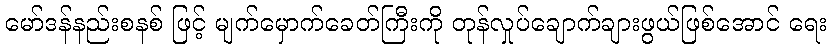
မော်ဒန်နည်းစနစ် ဖြင့် မျက်မှောက်ခေတ်ကြီးကို တုန်လှုပ်ချောက်ချားဖွယ်ဖြစ်အောင် ရေး